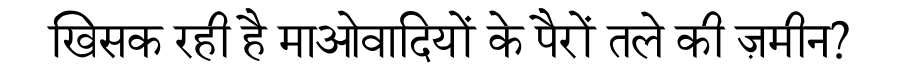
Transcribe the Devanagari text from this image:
खिसक रही है माओवादियों के पैरों तले की ज़मीन?